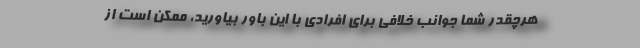
هرچقدر شما جوانب خلافی برای افرادی با این باور بیاورید، ممکن است از